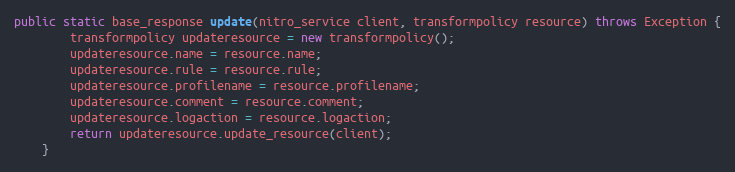
Language: Java
public static base_response update(nitro_service client, transformpolicy resource) throws Exception {
		transformpolicy updateresource = new transformpolicy();
		updateresource.name = resource.name;
		updateresource.rule = resource.rule;
		updateresource.profilename = resource.profilename;
		updateresource.comment = resource.comment;
		updateresource.logaction = resource.logaction;
		return updateresource.update_resource(client);
	}